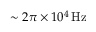
{ \sim 2 \pi \times 1 0 ^ { 4 } \, \mathrm { H z } }